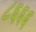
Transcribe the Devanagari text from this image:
८६६६